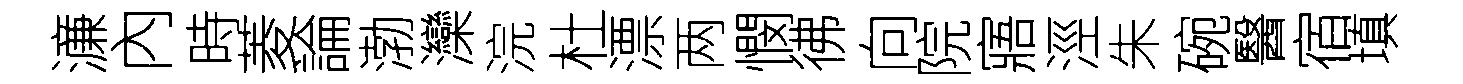
濓內時菱論渤灤浣杜漂两憫彿向院寤涇朱碗醫宿填